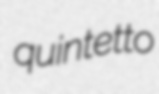
quintetto